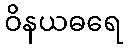
ဝိနယဓရေ